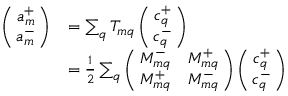
\begin{array} { r l } { \left( \! \! \begin{array} { c } { a _ { m } ^ { + } } \\ { a _ { m } ^ { - } } \end{array} \! \! \right) } & { = \sum _ { q } T _ { m q } \left( \! \! \begin{array} { c } { c _ { q } ^ { + } } \\ { c _ { q } ^ { - } } \end{array} \! \! \right) } \\ & { = \frac { 1 } { 2 } \sum _ { q } \left( \! \! \begin{array} { c c } { M _ { m q } ^ { - } } & { M _ { m q } ^ { + } } \\ { M _ { m q } ^ { + } } & { M _ { m q } ^ { - } } \end{array} \! \! \right) \left( \! \! \begin{array} { c } { c _ { q } ^ { + } } \\ { c _ { q } ^ { - } } \end{array} \! \! \right) } \end{array}